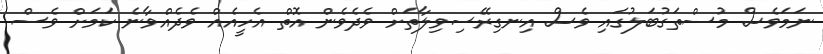
ނަމަވެސް މުސްތަގުބަލުގައި ވެސް އިނގިރޭސިވިލާތަށް ވެދެވެން އޮތް އެހީއެއް ވެދެއްވާނެ ކަމަށް ވެސް